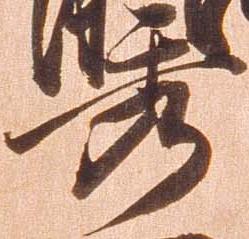
秀